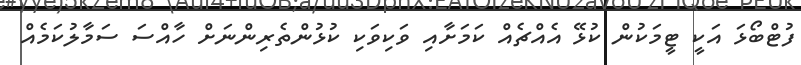
ފުޓްބޯޅަ އަކީ ޓީމަކުން ކުޅޭ އެއްޗެއް ކަމަށާއި ވަކިވަކި ކުޅުންތެރިންނަށް ހާއްސަ ސަމާލުކަމެއް